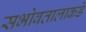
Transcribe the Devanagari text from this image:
सभोवतालाकडे